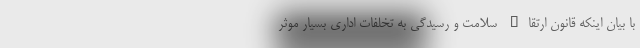
با بیان اینکه قانون ارتقاء سلامت و رسیدگی به تخلفات اداری بسیار موثر